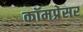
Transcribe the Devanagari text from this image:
कॉमप्रेसर